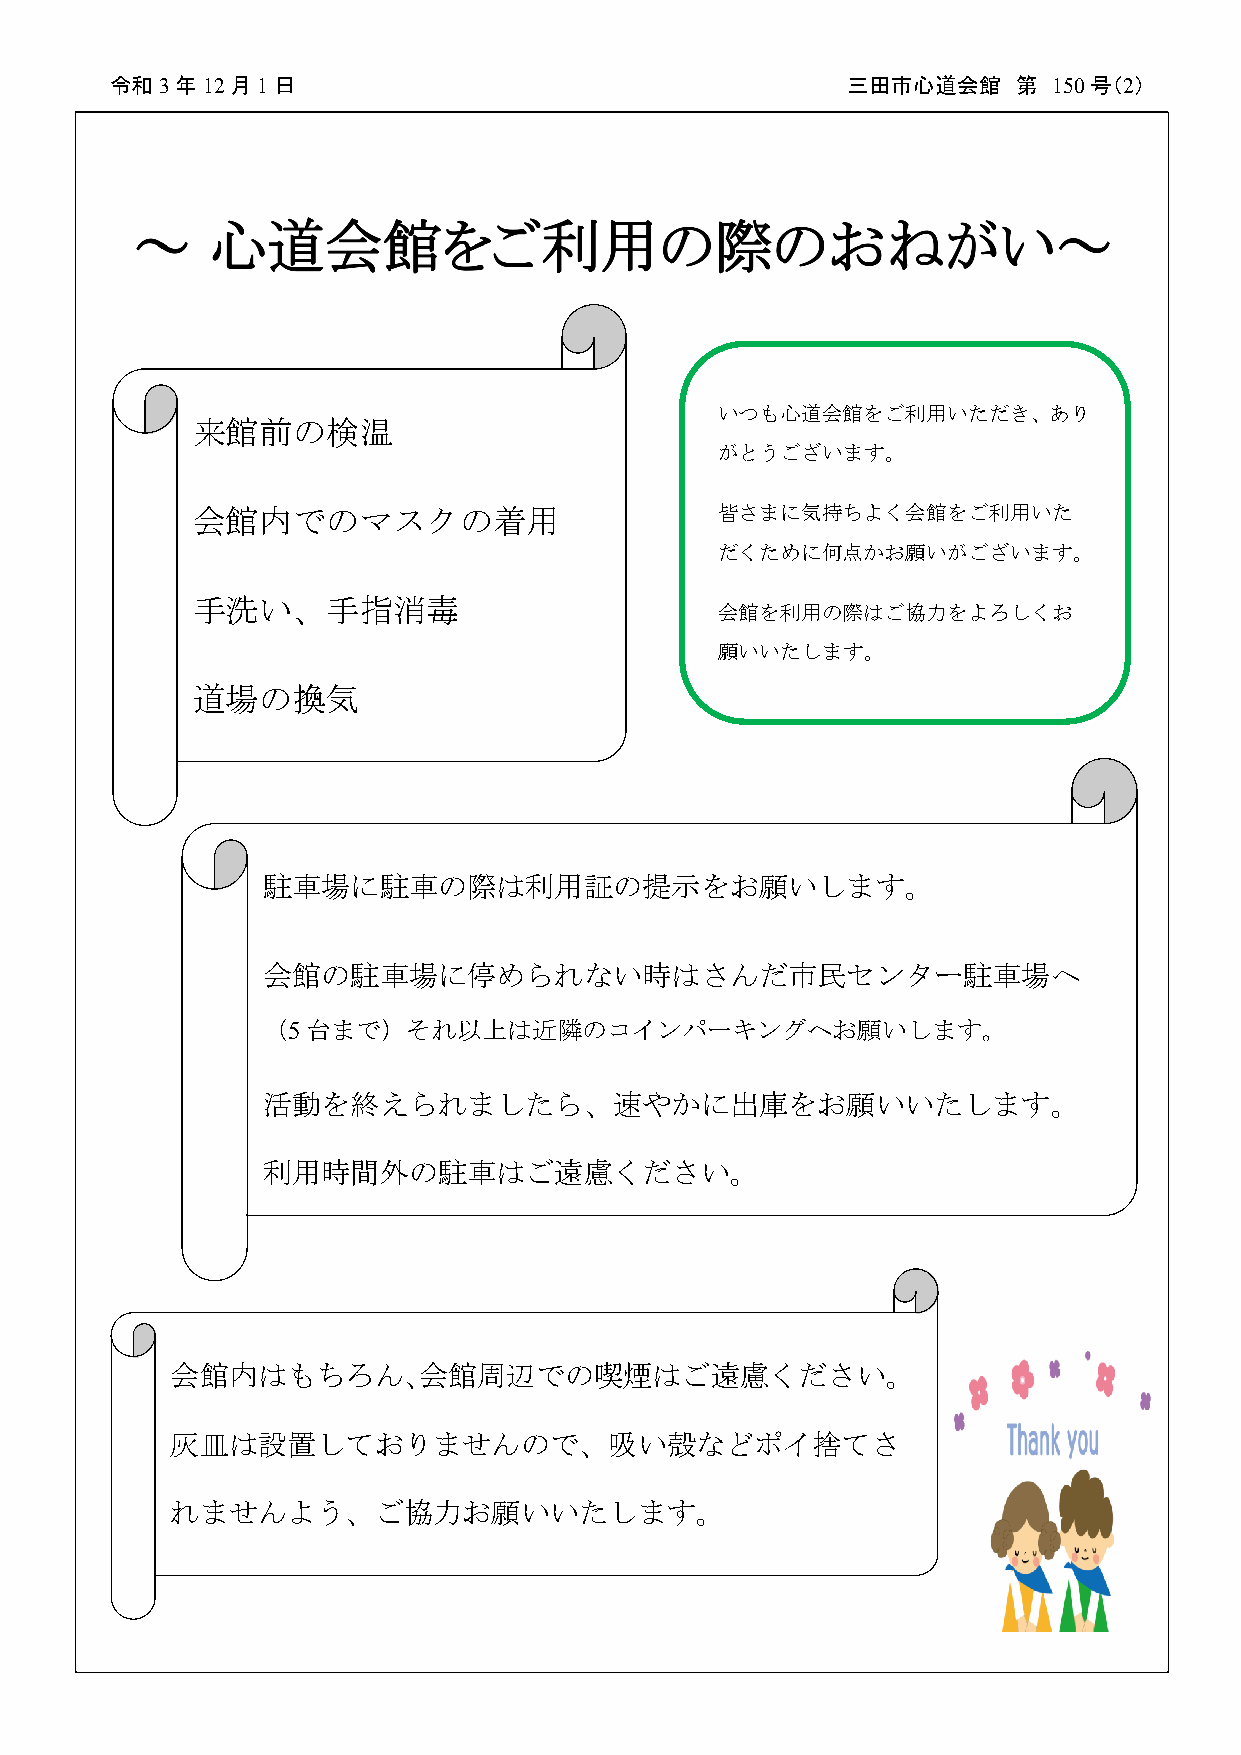
令和3年12月1日                                        三田市心道会館    第  150号（2）
 平成    年  月  日                                    三田市心道会館   第   号（ ）
 26  2  1                                                  56  2
 写真は３月の最終日曜に行われた、６年生の送別試合の１コマです。
 ６年生同士での勝ち抜き戦で、勝った選手は、そのまま次の相手、次の相手と対戦してゆくわけで、ものすごい体力。
 いつも心道会館をご利用いただき、あり
 来館前の検温
 先輩の試合に後輩の子供たちも白熱。
 がとうございます。
 見応え充分でした。
 会館内でのマスクの着用                        皆さまに気持ちよく会館をご利用いた
 だくために何点かお願いがございます。
 手洗い、手指消毒
 会館を利用の際はご協力をよろしくお
 願いいたします。
 道場の換気
 駐車場に駐車の際は利用証の提示をお願いします。
 会館の駐車場に停められない時はさんだ市民センター駐車場へ
 （5 台まで）それ以上は近隣のコインパーキングへお願いします。
 ◆◇◆    1 月の空き状況      ◆◇◆
 活動を終えられましたら、速やかに出庫をお願いいたします。
 利用時間外の駐車はご遠慮ください。
 会館内はもちろん、会館周辺での喫煙はご遠慮ください。
 灰皿は設置しておりませんので、吸い殻などポイ捨てさ
 れませんよう、ご協力お願いいたします。